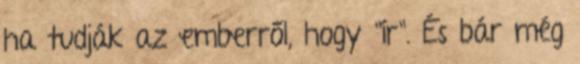
ha tudják az emberről, hogy "ír". És bár még